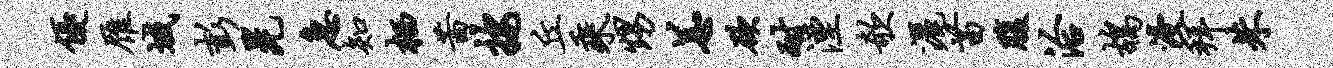
优雁域彭晃急知栖茜按丘乘甥恙欲耐湮欹洒苗腹洽鸪浸拜朱